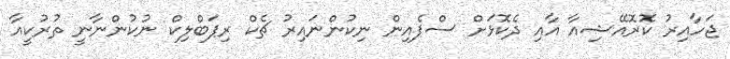
ޖަހާއިރު ކޮރޮއޭޝިއާ އާއި ދެކޮޅަށް ސްޕެއިން ނިކުންނައިރު ޗެކް ރިޕަބްލިކް ނުކުންނާނީ ތުރުކީއާ